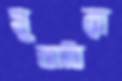
মুনাবিরা